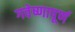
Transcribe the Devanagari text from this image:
गवेष्णापूर्ण